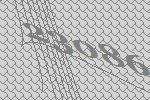
23086